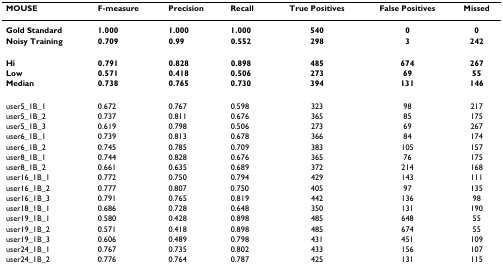
<table><thead><tr><td><b>MOUSE</b></td><td><b>F-measure</b></td><td><b>Precision</b></td><td><b>Recall</b></td><td><b>True Positives</b></td><td><b>False Positives</b></td><td><b>Missed</b></td></tr></thead><tbody><tr><td><b>Gold Standard</b></td><td><b>1.000</b></td><td><b>1.000</b></td><td><b>1.000</b></td><td><b>540</b></td><td><b>0</b></td><td><b>0</b></td></tr><tr><td><b>Noisy Training</b></td><td><b>0.709</b></td><td><b>0.99</b></td><td><b>0.552</b></td><td><b>298</b></td><td><b>3</b></td><td><b>242</b></td></tr><tr><td><b>Hi</b></td><td><b>0.791</b></td><td><b>0.828</b></td><td><b>0.898</b></td><td><b>485</b></td><td><b>674</b></td><td><b>267</b></td></tr><tr><td><b>Low</b></td><td><b>0.571</b></td><td><b>0.418</b></td><td><b>0.506</b></td><td><b>273</b></td><td><b>69</b></td><td><b>55</b></td></tr><tr><td><b>Median</b></td><td><b>0.738</b></td><td><b>0.765</b></td><td><b>0.730</b></td><td><b>394</b></td><td><b>131</b></td><td><b>146</b></td></tr><tr><td>user5_1B_1</td><td>0.672</td><td>0.767</td><td>0.598</td><td>323</td><td>98</td><td>217</td></tr><tr><td>user5_1B_2</td><td>0.737</td><td>0.811</td><td>0.676</td><td>365</td><td>85</td><td>175</td></tr><tr><td>user5_1B_3</td><td>0.619</td><td>0.798</td><td>0.506</td><td>273</td><td>69</td><td>267</td></tr><tr><td>user6_1B_1</td><td>0.739</td><td>0.813</td><td>0.678</td><td>366</td><td>84</td><td>174</td></tr><tr><td>user6_1B_2</td><td>0.745</td><td>0.785</td><td>0.709</td><td>383</td><td>105</td><td>157</td></tr><tr><td>user8_1B_1</td><td>0.744</td><td>0.828</td><td>0.676</td><td>365</td><td>76</td><td>175</td></tr><tr><td>user8_1B_2</td><td>0.661</td><td>0.635</td><td>0.689</td><td>372</td><td>214</td><td>168</td></tr><tr><td>user16_1B_1</td><td>0.772</td><td>0.750</td><td>0.794</td><td>429</td><td>143</td><td>111</td></tr><tr><td>user16_1B_2</td><td>0.777</td><td>0.807</td><td>0.750</td><td>405</td><td>97</td><td>135</td></tr><tr><td>user16_1B_3</td><td>0.791</td><td>0.765</td><td>0.819</td><td>442</td><td>136</td><td>98</td></tr><tr><td>user18_1B_1</td><td>0.686</td><td>0.728</td><td>0.648</td><td>350</td><td>131</td><td>190</td></tr><tr><td>user19_1B_1</td><td>0.580</td><td>0.428</td><td>0.898</td><td>485</td><td>648</td><td>55</td></tr><tr><td>user19_1B_2</td><td>0.571</td><td>0.418</td><td>0.898</td><td>485</td><td>674</td><td>55</td></tr><tr><td>user19_1B_3</td><td>0.606</td><td>0.489</td><td>0.798</td><td>431</td><td>451</td><td>109</td></tr><tr><td>user24_1B_1</td><td>0.767</td><td>0.735</td><td>0.802</td><td>433</td><td>156</td><td>107</td></tr><tr><td>user24_1B_2</td><td>0.776</td><td>0.764</td><td>0.787</td><td>425</td><td>131</td><td>115</td></tr></tbody></table>